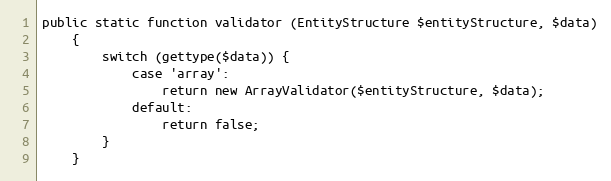
Language: PHP
public static function validator (EntityStructure $entityStructure, $data)
    {
        switch (gettype($data)) {
            case 'array':
                return new ArrayValidator($entityStructure, $data);
            default:
                return false;
        }
    }